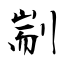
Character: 剬